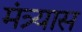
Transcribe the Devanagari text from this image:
मंत्र्यास